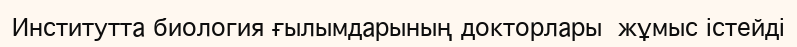
Институтта биология ғылымдарының докторлары  жұмыс істейді